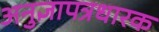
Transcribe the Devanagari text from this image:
अनुज्ञापत्रधारक